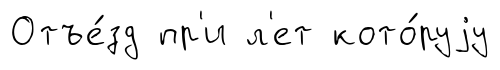
Отъе́зд пр'и л'ет кото́руjу